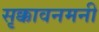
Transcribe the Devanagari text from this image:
सृक्कावनमनी